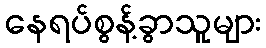
နေရပ်စွန့်ခွာသူများ